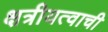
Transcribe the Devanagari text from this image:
क्षत्रीयत्वाची